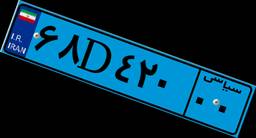
۶۸D۴۲۰۰۰